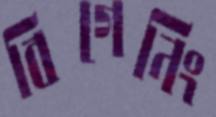
বিগেনিং